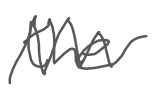
Text: the
Cross-out: zig-zag
Writing tool: digital_gray